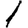
Digit: 1